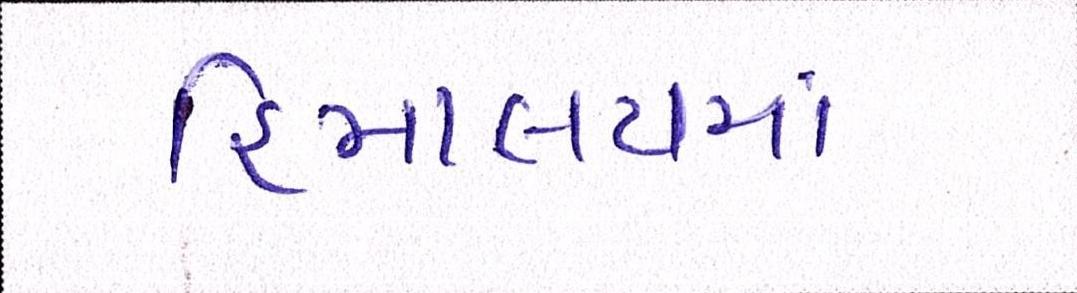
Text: હિમાલયમાં